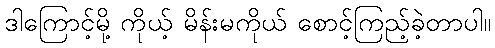
ဒါကြောင့်မို့ ကိုယ့် မိန်းမကိုယ် စောင့်ကြည့်ခဲ့တာပါ။